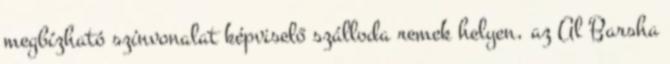
megbízható színvonalat képviselő szálloda remek helyen, az Al Barsha